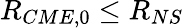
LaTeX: R_{CME,0}\leq R_{NS}